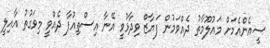
ސީއެންއެމަށް މައުލޫމާތު ދެއްވަމުން ފަޔާޒް ވިދާޅުވީ އޭނާ އިސްތިއުފާ ދެއްވީ މިވަގުތު އާއިލީ